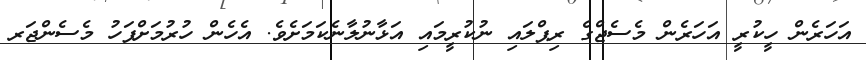
އަހަރެން ހީކުރީ އަހަރެން މެސެޖްގެ ރިޕްލައި ނުކުރީމައި އަޅާނުލާނެކަމަށެވެ. އެހެން ހުރުމަށްފަހު މެސެންޖަރ